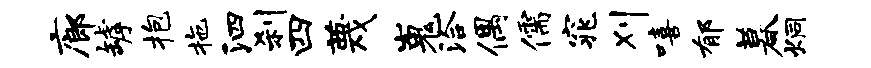
廊罅抱拖泗刹四蔑嵬洽偶儒窕刈嘻郁暮炯